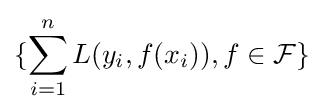
\{\sum _{i=1}^{n}L(y_{i},f(x_{i})),f\in {\mathcal {F}}\}